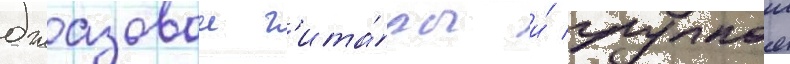
джазовои г'ита́ры и́ гулкои